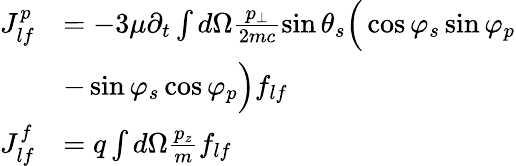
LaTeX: \begin{array}{rl}{J_{lf}^{p}}&{=-3\mu\partial_{t}\int d\Omega\frac{p_{\bot}}{2mc}\sin\theta_{s}\Big(\cos\varphi_{s}\sin\varphi_{p}}\\ &{-\sin\varphi_{s}\cos\varphi_{p}\Big)f_{lf}}\\ {J_{lf}^{f}}&{=q\int d\Omega\frac{p_{z}}{m}f_{lf}}\end{array}